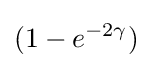
(1-e^{-2\gamma })